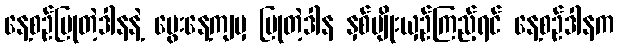
နေ့စဉ်ပြုတဲ့ဒါနနဲ့ မွေးနေ့ကျမှ ပြုတဲ့ဒါန နှစ်မျိုးယှဉ်ကြည့်ရင် နေ့စဉ်ဒါနက